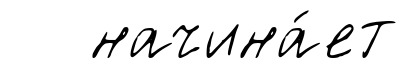
начина́ет